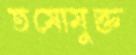
তমোমুক্ত